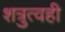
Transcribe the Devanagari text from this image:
शत्रुत्वही